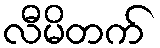
လီမိတက်